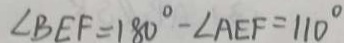
\angle B E F = 1 8 0 ^ { \circ } - \angle A E F = 1 1 0 ^ { \circ }